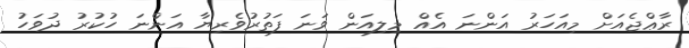
ރާޢްޖެއަށް މިއަހަރު އަންނަ އެއް މިލިއަން ވަނަ ފަތުރުވެރިޔާ އަންނަ ހުކުރު ދުވަހު